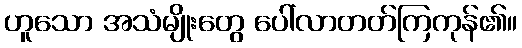
ဟူသော အသံမျိုးတွေ ပေါ်လာတတ်ကြကုန်၏။